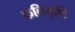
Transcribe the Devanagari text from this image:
कविसृष्टि